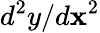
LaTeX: d^{2}y/d\mathbf{x}^{2}